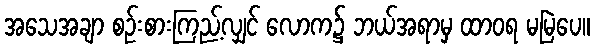
အသေအချာ စဉ်းစားကြည့်လျှင် လောက၌ ဘယ်အရာမှ ထာဝရ မမြဲပေ။